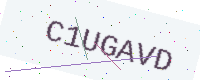
Text: C1UGAVD